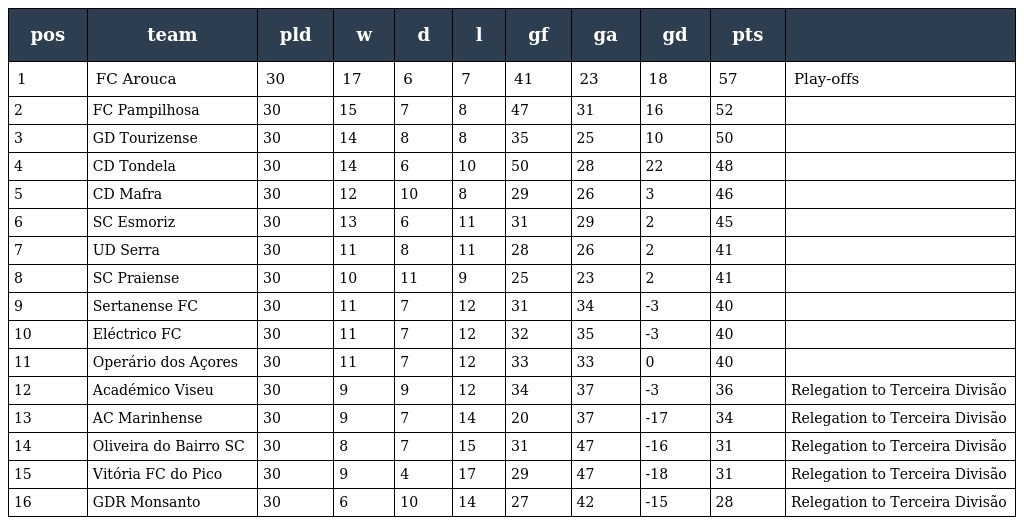
| pos | team | pld | w | d | l | gf | ga | gd | pts |  |
 | --- | --- | --- | --- | --- | --- | --- | --- | --- | --- | --- |
 | 1 | FC Arouca | 30 | 17 | 6 | 7 | 41 | 23 | 18 | 57 | Play-offs |
 | 2 | FC Pampilhosa | 30 | 15 | 7 | 8 | 47 | 31 | 16 | 52 |  |
 | 3 | GD Tourizense | 30 | 14 | 8 | 8 | 35 | 25 | 10 | 50 |  |
 | 4 | CD Tondela | 30 | 14 | 6 | 10 | 50 | 28 | 22 | 48 |  |
 | 5 | CD Mafra | 30 | 12 | 10 | 8 | 29 | 26 | 3 | 46 |  |
 | 6 | SC Esmoriz | 30 | 13 | 6 | 11 | 31 | 29 | 2 | 45 |  |
 | 7 | UD Serra | 30 | 11 | 8 | 11 | 28 | 26 | 2 | 41 |  |
 | 8 | SC Praiense | 30 | 10 | 11 | 9 | 25 | 23 | 2 | 41 |  |
 | 9 | Sertanense FC | 30 | 11 | 7 | 12 | 31 | 34 | -3 | 40 |  |
 | 10 | Eléctrico FC | 30 | 11 | 7 | 12 | 32 | 35 | -3 | 40 |  |
 | 11 | Operário dos Açores | 30 | 11 | 7 | 12 | 33 | 33 | 0 | 40 |  |
 | 12 | Académico Viseu | 30 | 9 | 9 | 12 | 34 | 37 | -3 | 36 | Relegation to Terceira Divisão |
 | 13 | AC Marinhense | 30 | 9 | 7 | 14 | 20 | 37 | -17 | 34 | Relegation to Terceira Divisão |
 | 14 | Oliveira do Bairro SC | 30 | 8 | 7 | 15 | 31 | 47 | -16 | 31 | Relegation to Terceira Divisão |
 | 15 | Vitória FC do Pico | 30 | 9 | 4 | 17 | 29 | 47 | -18 | 31 | Relegation to Terceira Divisão |
 | 16 | GDR Monsanto | 30 | 6 | 10 | 14 | 27 | 42 | -15 | 28 | Relegation to Terceira Divisão |